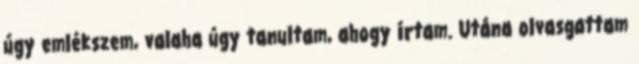
úgy emlékszem, valaha úgy tanultam, ahogy írtam. Utána olvasgattam